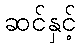
ဆင်နှင့်